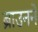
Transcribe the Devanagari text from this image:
ब्राउनने